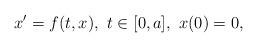
LaTeX: \begin{align*}x'=f(t,x), \, \, t \in [0,a], \, \, x(0)=0,\end{align*}